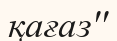
қағаз''